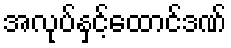
အလုပ်နှင့်ထောင်ဒဏ်